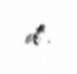
ol".